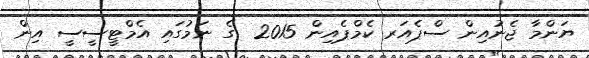
ޔަންމާ ޖެނުއިން ސްޕެއަރ ކެމްޕެއިން 2015  ގެ ނަމުގައި އެމްޓީސީސީ އިން